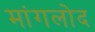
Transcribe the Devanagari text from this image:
मांगलोद